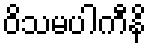
ဝိသမပါကီနိ